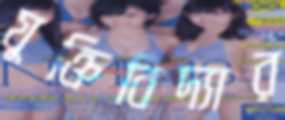
যুক্তিবিদ্যার